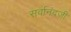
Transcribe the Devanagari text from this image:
सर्वानंदजी